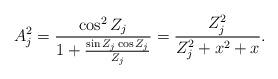
LaTeX: \begin{align*}A_j^2 = \frac{\cos^2Z_j}{1+\frac{\sin Z_j\cos Z_j}{Z_j}} = \frac{Z_j^2}{Z_j^2 + x^2 +x}.\end{align*}